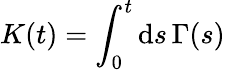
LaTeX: K(t)=\int_{0}^{t}\mathrm{d}s\, \Gamma(s)